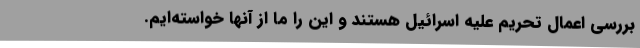
بررسی اعمال تحریم علیه اسرائیل هستند و این را ما از آنها خواسته‌ایم.